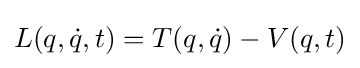
L(q,{\dot {q}},t)=T(q,{\dot {q}})-V(q,t)